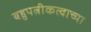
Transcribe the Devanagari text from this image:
बहुपत्नीकत्वाच्या